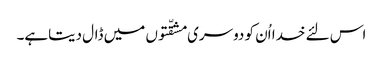
اس لئے خدا اُن کو دوسری مشقّتوں میں ڈال دیتاہے۔